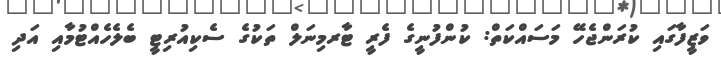
ވަޒީފާގައި ކުރަންޖެހޭ މަސައްކަތް: ކުންފުނީގެ ފެރީ ޓާރމިނަލް ތަކުގެ ސެކިއުރިޓީ ބެލެހެއްޓުމާއި އަދި